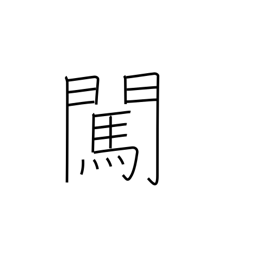
Meaning: inquire about